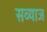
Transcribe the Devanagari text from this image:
सव्याज